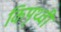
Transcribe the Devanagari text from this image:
किपृथ्वी